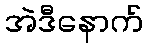
အဲဒီနောက်